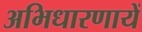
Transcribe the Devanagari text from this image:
अभिधारणायें